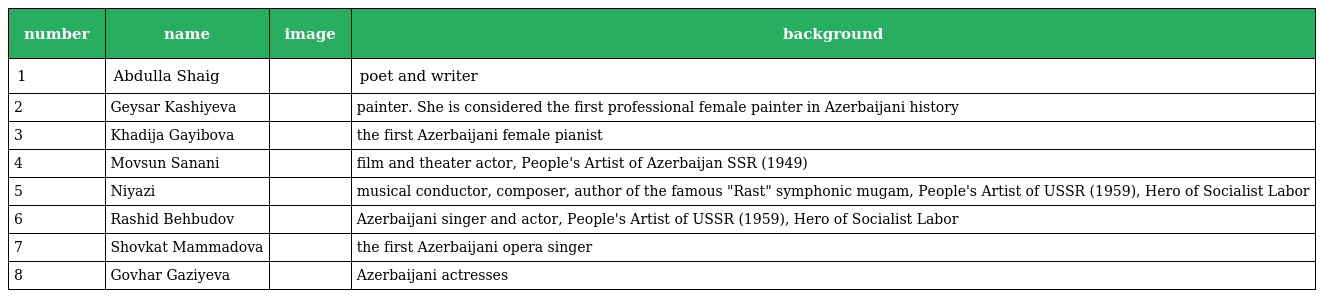
| number | name | image | background |
 | --- | --- | --- | --- |
 | 1 | Abdulla Shaig |  | poet and writer |
 | 2 | Geysar Kashiyeva |  | painter. She is considered the first professional female painter in Azerbaijani history |
 | 3 | Khadija Gayibova |  | the first Azerbaijani female pianist |
 | 4 | Movsun Sanani |  | film and theater actor, People's Artist of Azerbaijan SSR (1949) |
 | 5 | Niyazi |  | musical conductor, composer, author of the famous "Rast" symphonic mugam, People's Artist of USSR (1959), Hero of Socialist Labor |
 | 6 | Rashid Behbudov |  | Azerbaijani singer and actor, People's Artist of USSR (1959), Hero of Socialist Labor |
 | 7 | Shovkat Mammadova |  | the first Azerbaijani opera singer |
 | 8 | Govhar Gaziyeva |  | Azerbaijani actresses |